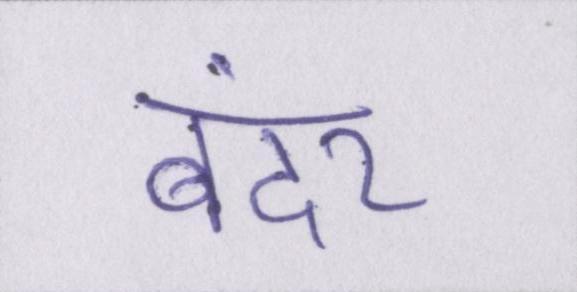
बंदर